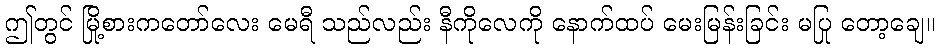
ဤတွင် မြို့စားကတော်လေး မေရီ သည်လည်း နီကိုလေကို နောက်ထပ် မေးမြန်းခြင်း မပြု တော့ချေ။